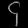
Digit: ၄